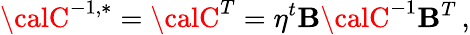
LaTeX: {\calC}^{-1,*}={\calC}^{T}=\eta^{t}\mathbf{B}{\calC}^{-1}\mathbf{B}^{T}\, ,